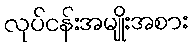
လုပ်ငန်းအမျိုးအစား